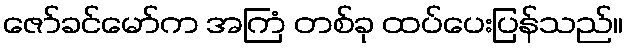
ဇော်ခင်မော်က အကြံ တစ်ခု ထပ်ပေးပြန်သည်။